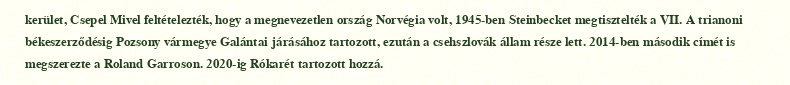
kerület, Csepel Mivel feltételezték, hogy a megnevezetlen ország Norvégia volt, 1945-ben Steinbecket megtisztelték a VII. A trianoni békeszerződésig Pozsony vármegye Galántai járásához tartozott, ezután a csehszlovák állam része lett. 2014-ben második címét is megszerezte a Roland Garroson. 2020-ig Rókarét tartozott hozzá.